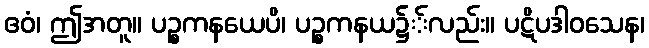
ဧဝံ၊ ဤအတူ။ ပဉ္စကနယေပိ၊ ပဉ္စကနယ၌်လည်း။ ပဋိပဒါဝသေန၊